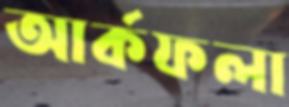
আর্কফলা